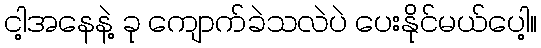
ငါ့အနေနဲ့ ခု ကျောက်ခဲသလဲပဲ ပေးနိုင်မယ်ပေါ့။